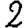
Digit: 2